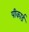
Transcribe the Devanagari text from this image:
पीकार्ड